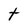
Character: t